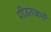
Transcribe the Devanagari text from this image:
पीडतजनों